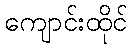
ကျောင်းထိုင်